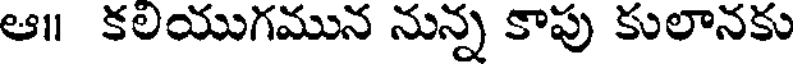
ఆ॥ కలయుగమున నున్న కాపు కులానకు